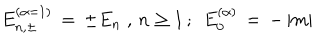
LaTeX: E _ { n , \pm } ^ { ( \alpha = 1 ) } \, = \, \pm E _ { n } \; , \, n \geq 1 \, ; \; \, E _ { 0 } ^ { ( \alpha ) } \, = \, - \, | m |